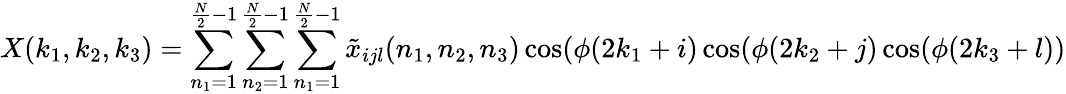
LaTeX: X(k_{1},k_{2},k_{3})=\sum_{n_{1}=1}^{{\frac{N}{2}}-1}\sum_{n_{2}=1}^{{\frac{N}{2}}-1}\sum_{n_{1}=1}^{{\frac{N}{2}}-1}{\tilde{x}}_{ijl}(n_{1},n_{2},n_{3})\cos(\phi(2k_{1}+i)\cos(\phi(2k_{2}+j)\cos(\phi(2k_{3}+l))